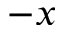
- x